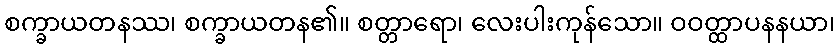
စက္ခာယတနဿ၊ စက္ခာယတန၏။ စတ္တာရော၊ လေးပါးကုန်သော။ ဝဝတ္ထာပနနယာ၊